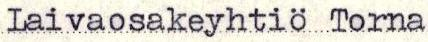
Laivaosakeyhtiö Torna